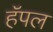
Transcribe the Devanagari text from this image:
हॅपल